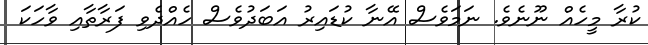
ކުރާ މީހެއް ނޫނެވެ. ނަމަވެސް އޭނާ ކުޑައިރު އަބަދުވެސް ހެއްދެވި ފަރާތާއި ވާހަކަ